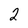
Character: 2